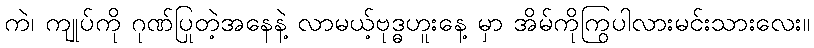
ကဲ၊ ကျုပ်ကို ဂုဏ်ပြုတဲ့အနေနဲ့ လာမယ့်ဗုဒ္ဓဟူးနေ့ မှာ အိမ်ကိုကြွပါလားမင်းသားလေး။